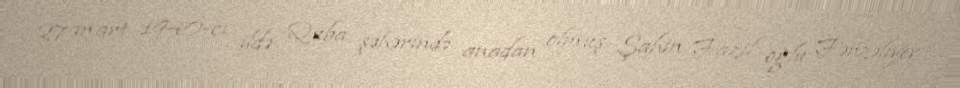
27 mart 1940-cı ildə Quba şəhərində anadan olmuş Şahin Fazil oğlu Fərzəliyev